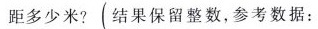
距多少米?(结果保留整数，参考数据：